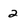
Character: 2